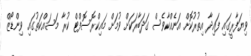
ވިޔަފާރީގައި ފައިދާ އިތުރުކޮށް އަނެއްކާވެސް ގަދަބާރަކަށް ވުމަށް މައިކްރޮސޮފްޓް ކުރާ މަސައްކަތުގައި ވިންޑޯޒް